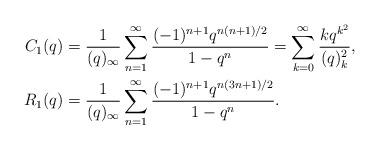
LaTeX: \begin{align*}C_1(q)&=\frac{1}{(q)_{\infty}}\sum_{n=1}^{\infty}\frac{(-1)^{n+1}q^{n(n+1)/2}}{1-q^n}=\sum_{k=0}^{\infty}\frac{kq^{k^2}}{(q)_k^{2}},\\R_1(q)&=\frac{1}{(q)_{\infty}}\sum_{n=1}^{\infty}\frac{(-1)^{n+1}q^{n(3n+1)/2}}{1-q^n}.\end{align*}